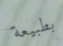
بطبيعة